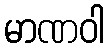
မာဏဝါ